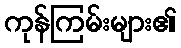
ကုန်ကြမ်းများ၏